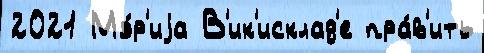
2021 Мэ́р'иjа В'ик'исклад'е пра́в'ить